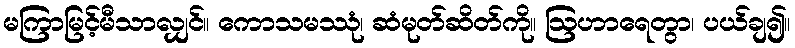
မကြာမြင့်မီသာလျှင်။ ကောသမဿုံ၊ ဆံမုတ်ဆိတ်ကို။ ဩဟာရေတွာ၊ ပယ်ချ၍။